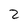
Character: 2